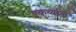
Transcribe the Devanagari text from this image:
एकव्यक्ति